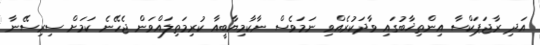
އަދި ރާޖަޕަކްސާ އިންތިޚާބުގައި ވާދަކުރެއްވި ނަމަވެސް ނާކާމިޔާބީއާ ކުރިމަތިލައްވަން ޖެހޭނެ ކަމަށް ސިރިސޭނާ